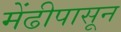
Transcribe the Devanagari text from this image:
मेंढीपासून